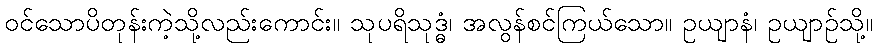
ဝင်သောပိတုန်းကဲ့သို့လည်းကောင်း။ သုပရိသုဒ္ဓံ၊ အလွန်စင်ကြယ်သော။ ဥယျာနံ၊ ဥယျာဉ်သို့။